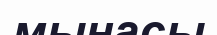
мынасы